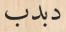
دبدب